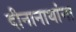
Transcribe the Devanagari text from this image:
दीनानाथांना